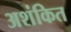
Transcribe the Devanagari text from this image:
अशंकित